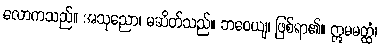
လောကသည်။ အသုညော၊ မဆိတ်သည်။ ဘဝေယျ၊ ဖြစ်ရာ၏။ ဣမမတ္ထံ၊